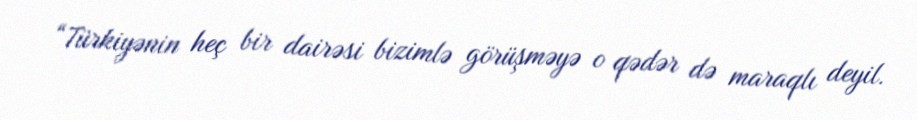
“Türkiyənin heç bir dairəsi bizimlə görüşməyə o qədər də maraqlı deyil.